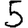
Digit: 5